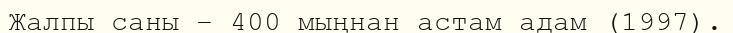
Жалпы саны – 400 мыңнан астам адам (1997).